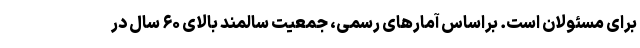
برای مسئولان است. براساس آمارهای رسمی، جمعیت سالمند بالای ۶۰ سال در